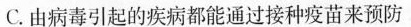
C.由病毒引起的疾病都能通过接种疫苗来预防